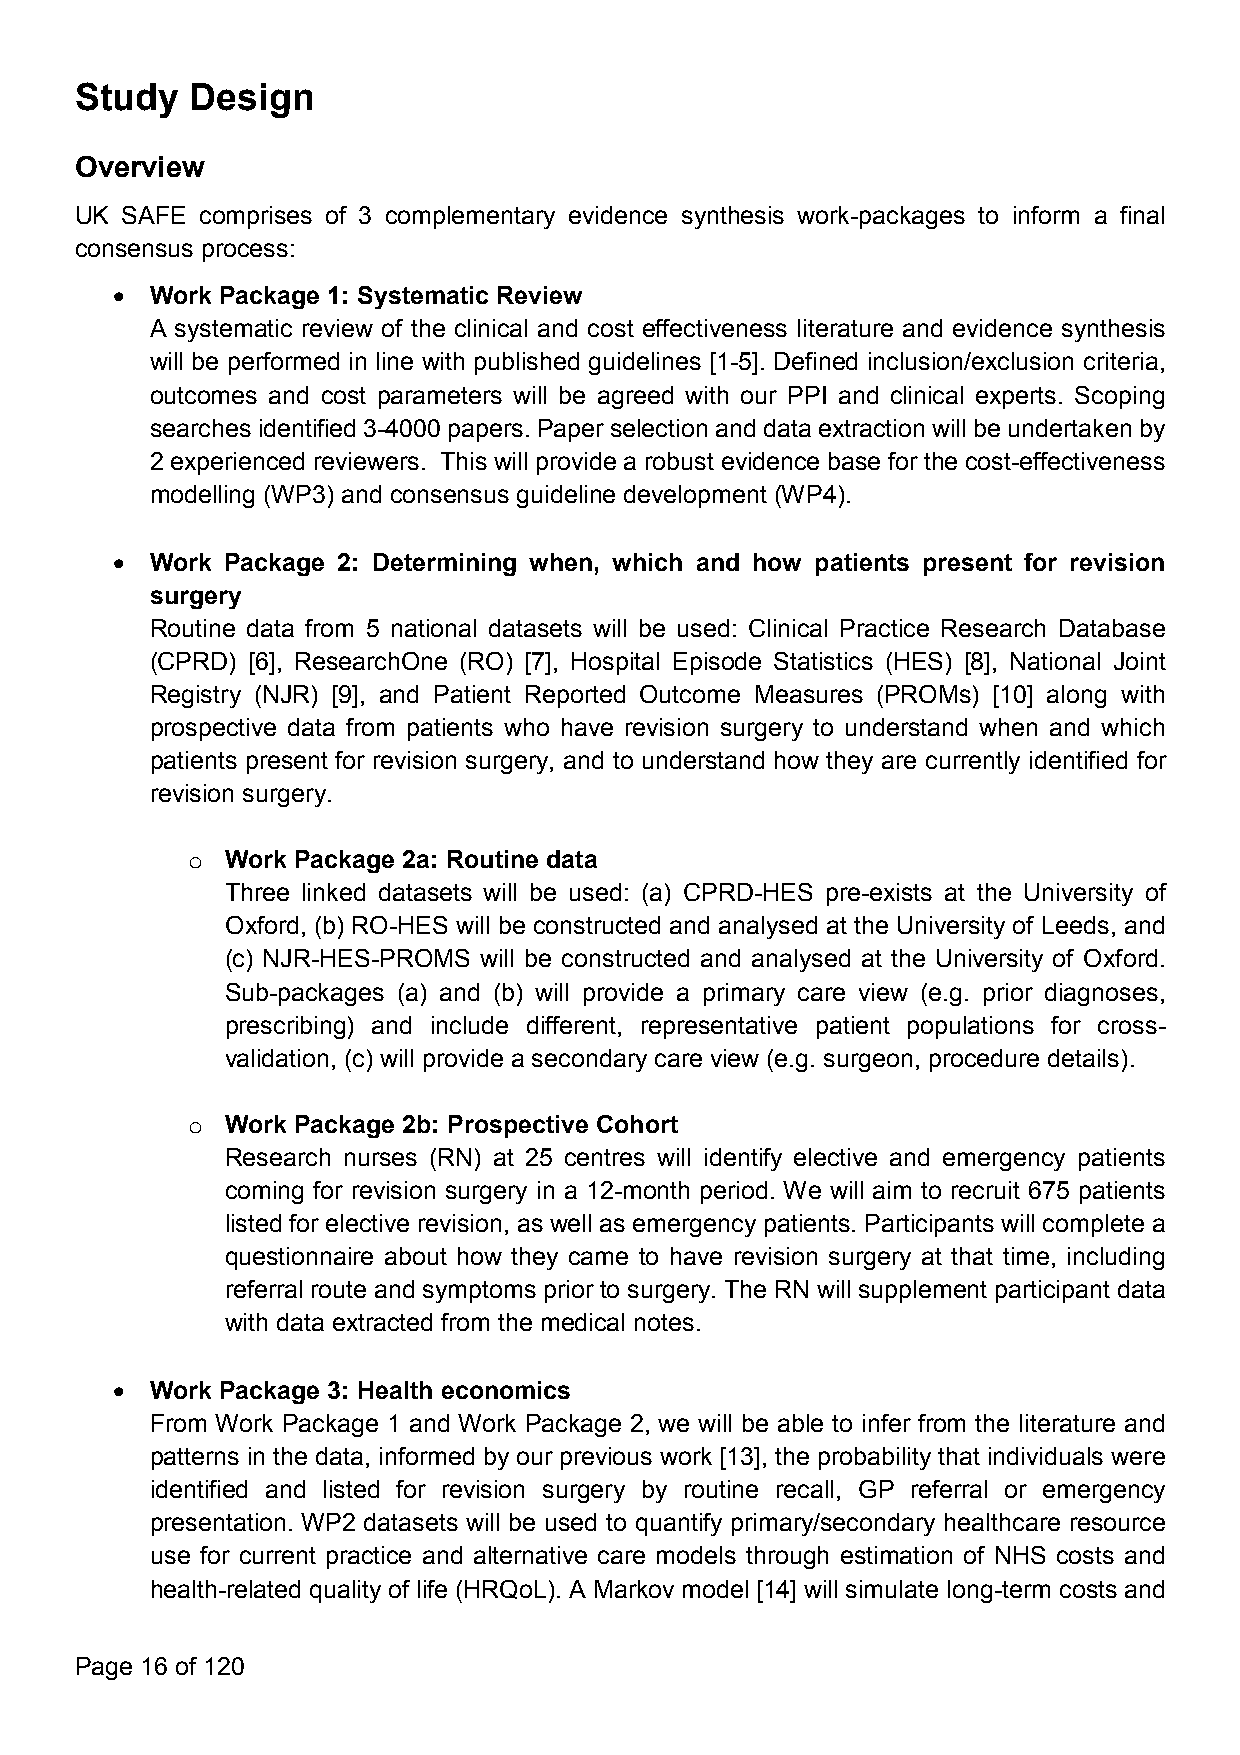
Study   Design
 Overview
 UK SAFE comprises of 3 complementary evidence synthesis work-packages to inform a final
 consensus process:
   Work Package 1: Systematic Review
 A systematic review of the clinical and cost effectiveness literature and evidence synthesis
 will be performed in line with published guidelines [1-5]. Defined inclusion/exclusion criteria,
 outcomes and cost parameters will be agreed with our PPI and clinical experts. Scoping
 searchesidentified3-4000papers. Paperselectionand dataextraction willbe undertakenby
 2 experienced reviewers. This will provide a robust evidence base for the cost-effectiveness
 modelling (WP3) and consensus guideline development (WP4).
   Work Package 2: Determining when, which and how patients present for revision
 surgery
 Routine data from 5 national datasets will be used: Clinical Practice Research Database
 (CPRD) [6], ResearchOne (RO) [7], Hospital Episode Statistics (HES) [8], National Joint
 Registry (NJR) [9], and Patient Reported Outcome Measures (PROMs) [10] along with
 prospective data from patients who have revision surgery to understand when and which
 patients present for revision surgery, and to understand how they are currently identified for
 revision surgery.
 o  Work Package 2a: Routine data
 Three linked datasets will be used: (a) CPRD-HES pre-exists at the University of
 Oxford, (b) RO-HES will be constructed and analysed at the University of Leeds, and
 (c) NJR-HES-PROMS will be constructed and analysed at the University of Oxford.
 Sub-packages (a) and (b) will provide a primary care view (e.g. prior diagnoses,
 prescribing) and include different, representative patient populations for cross-
 validation, (c) will provide a secondary care view (e.g. surgeon, procedure details).
 o  Work Package 2b: Prospective Cohort
 Research nurses (RN) at 25 centres will identify elective and emergency patients
 coming for revision surgery in a 12-month period. We will aim to recruit 675 patients
 listed for elective revision, as well as emergency patients. Participants will complete a
 questionnaire about how they came to have revision surgery at that time, including
 referral route and symptoms prior to surgery. The RN will supplement participant data
 with data extracted from the medical notes.
   Work Package 3: Health economics
 From Work Package 1 and Work Package 2, we will be able to infer from the literature and
 patterns in the data, informed by our previous work [13], the probability that individuals were
 identified and listed for revision surgery by routine recall, GP referral or emergency
 presentation. WP2 datasets will be used to quantify primary/secondary healthcare resource
 use for current practice and alternative care models through estimation of NHS costs and
 health-related quality of life (HRQoL). A Markov model [14] will simulate long-term costs and
 Page 16 of 120